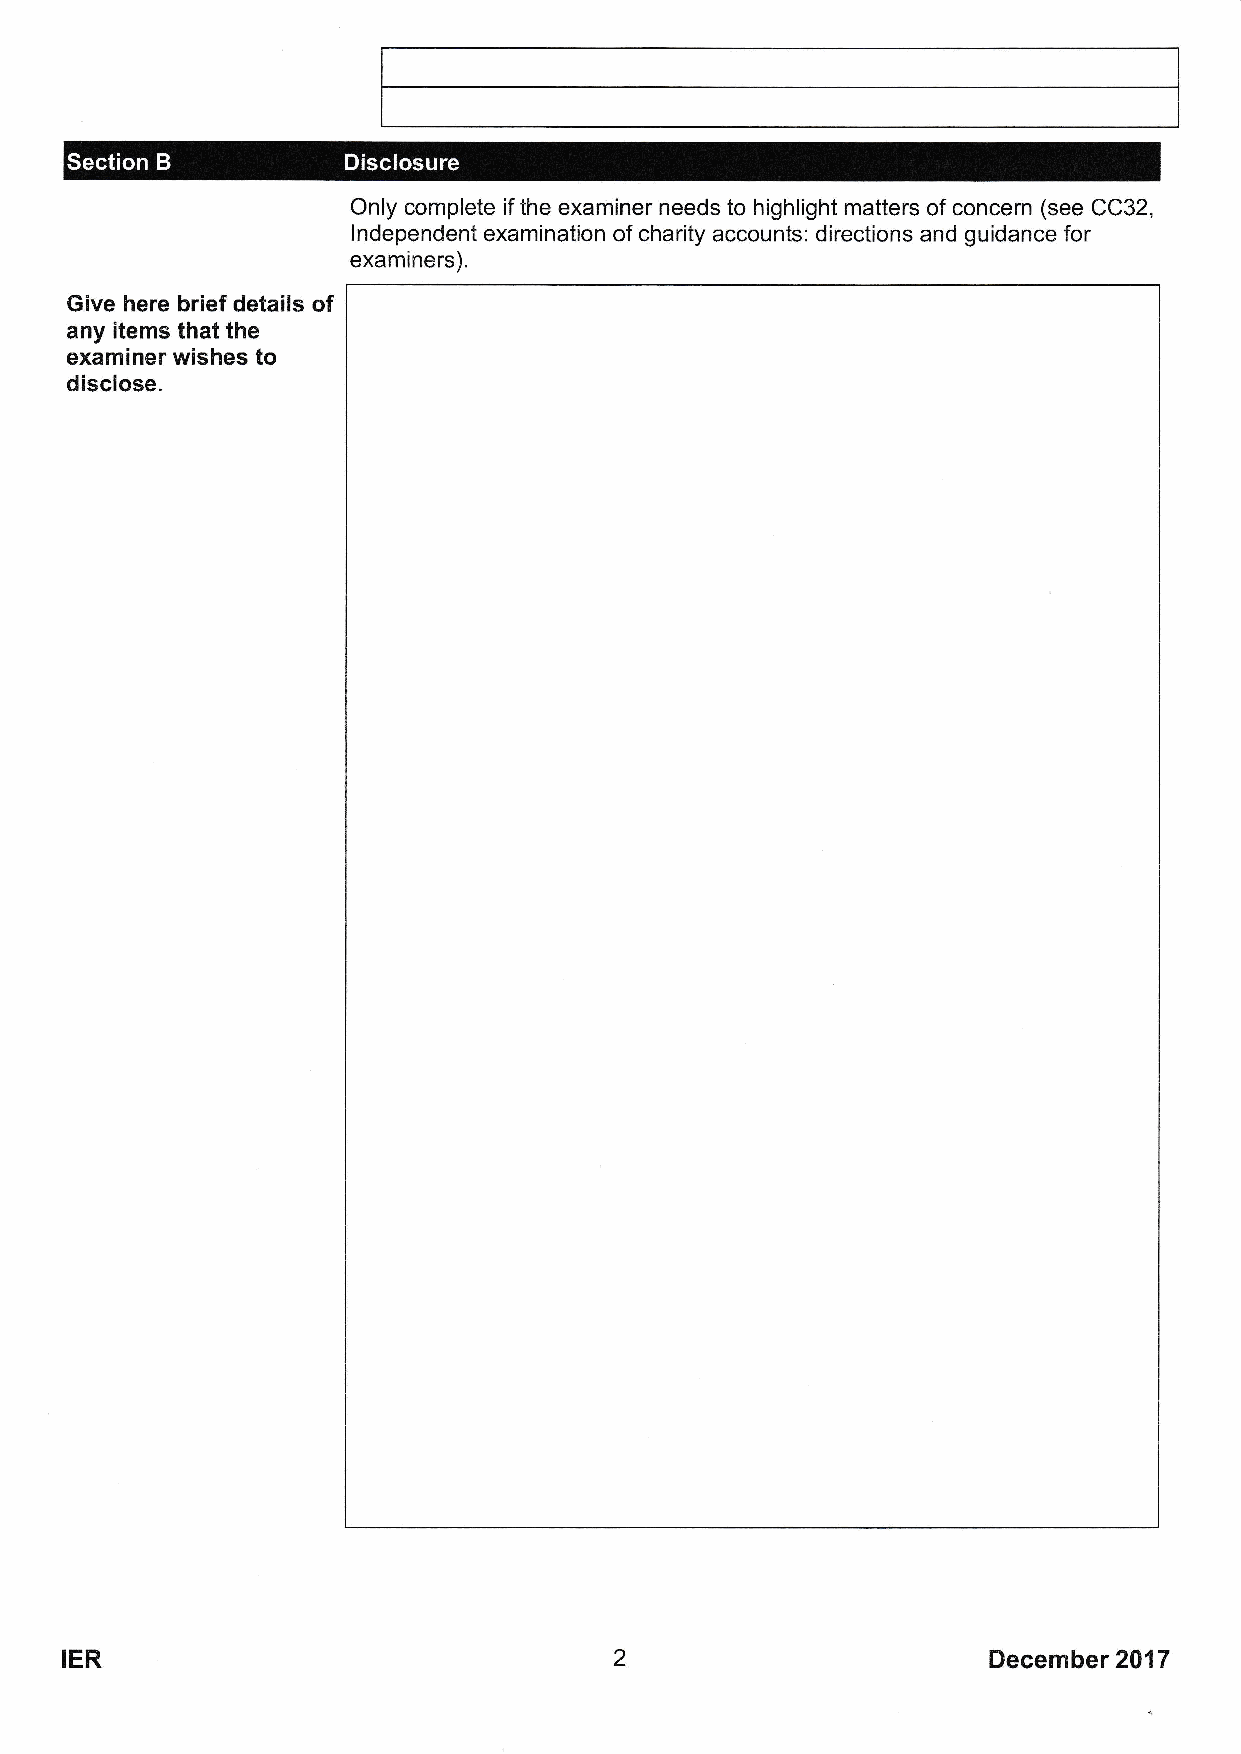
Section B          Disclosure
 Only complete if the examiner needs to highlight matters of concern (see CC32,
 Independent examination of charity accounts: directions and guidance for
 examiners).
 Give here brief details of
 any items that the
 examiner wishes to
 disclose.
 IER                                  2                       December 2417